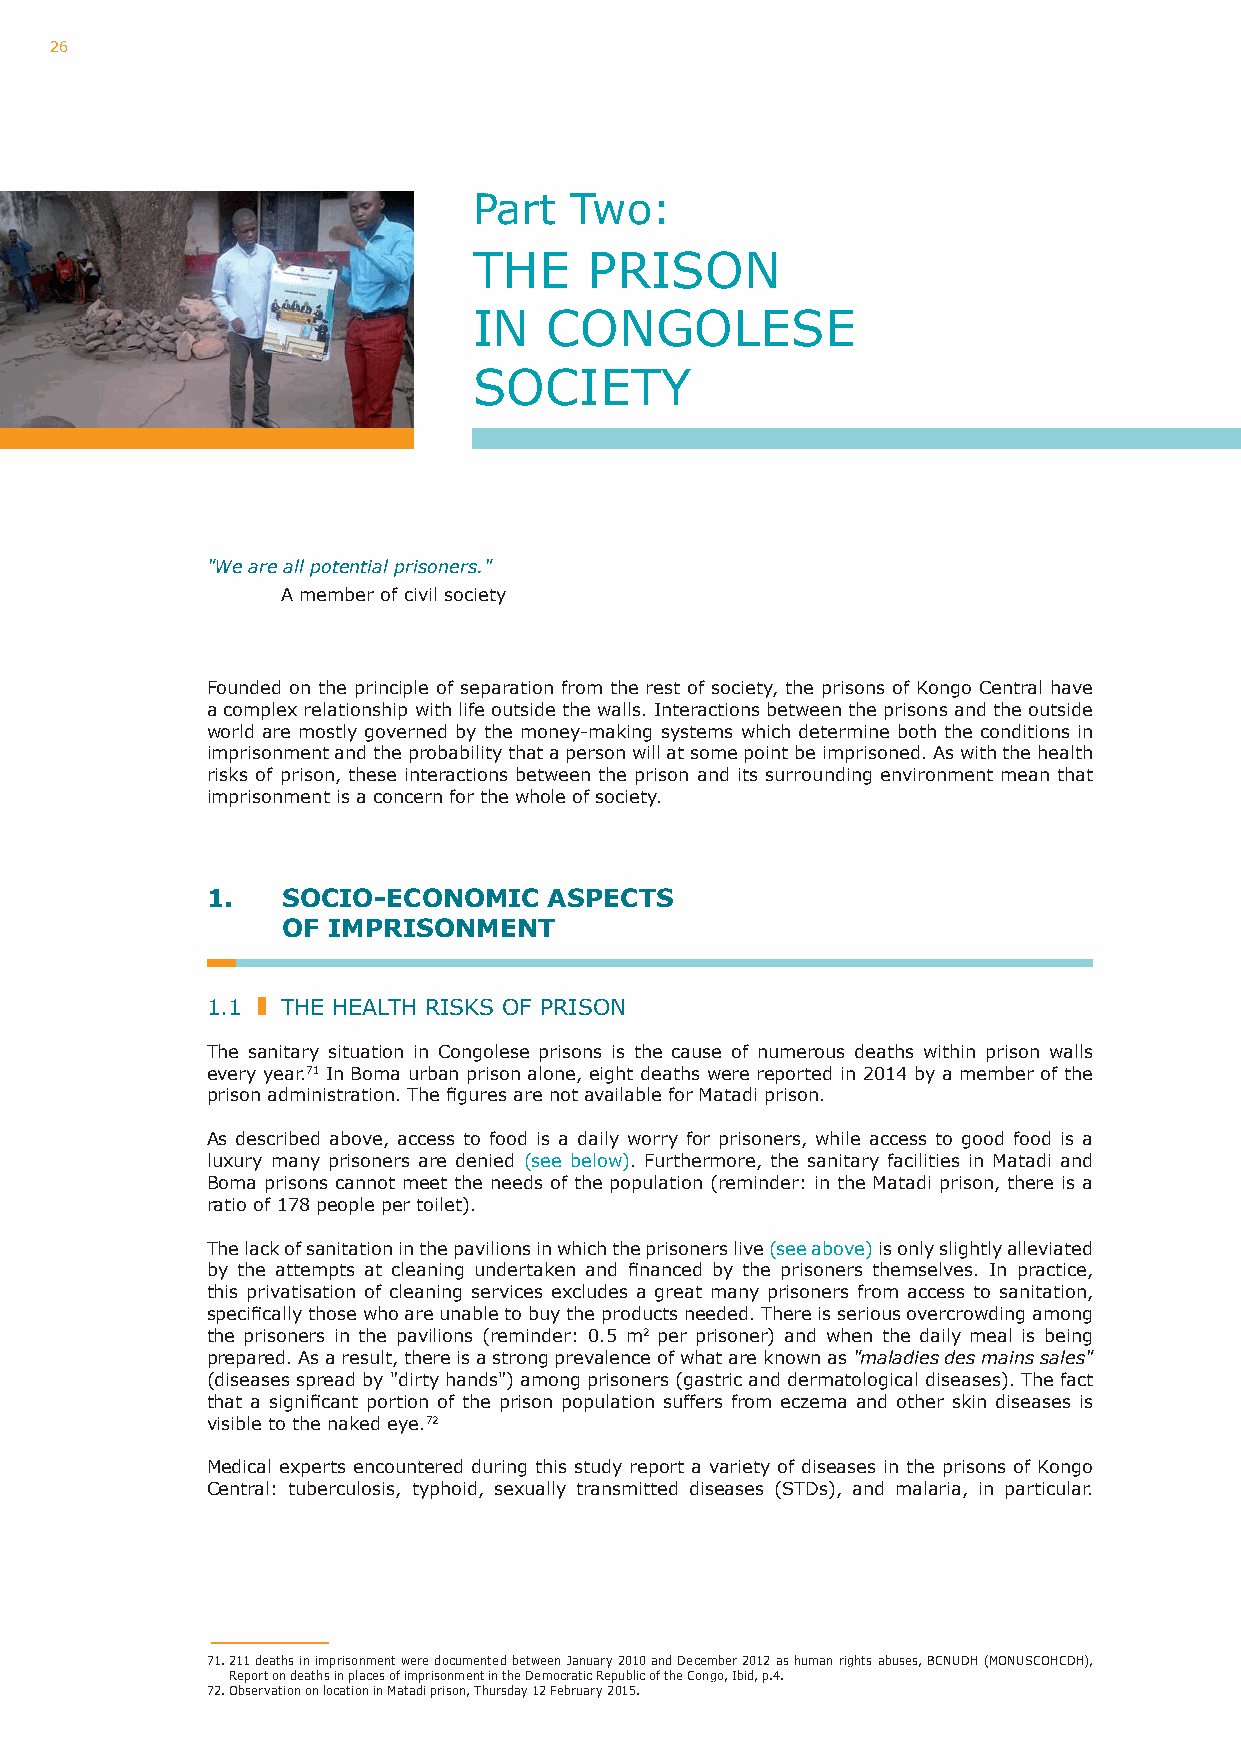
26
 part   Two:
 ThE     pRISoN
 IN   CoNGolESE
 SoCIETy
 "We are all potential prisoners."
 A member of civil society
 Founded on the principle of separation from the rest of society, the prisons of Kongo Central have
 a complex relationship with life outside the walls. Interactions between the prisons and the outside
 world are mostly governed by the money-making systems which determine both the conditions in
 imprisonment and the probability that a person will at some point be imprisoned. As with the health
 risks of prison, these interactions between the prison and its surrounding environment mean that
 imprisonment is a concern for the whole of society.
 1.   SoCIo-EConoMIC   ASPECTS
 oF IMPRISonMEnT
 1.1  ThE hEAlTh RISKS oF pRISoN
 The sanitary situation in Congolese prisons is the cause of numerous deaths within prison walls
 every year.71 In Boma urban prison alone, eight deaths were reported in 2014 by a member of the
 prison administration. The figures are not available for Matadi prison.
 As described above, access to food is a daily worry for prisoners, while access to good food is a
 luxury many prisoners are denied (see below). Furthermore, the sanitary facilities in matadi and
 Boma prisons cannot meet the needs of the population (reminder: in the matadi prison, there is a
 ratio of 178 people per toilet).
 The lack of sanitation in the pavilions in which the prisoners live (see above) is only slightly alleviated
 by the attempts at cleaning undertaken and financed by the prisoners themselves. In practice,
 this privatisation of cleaning services excludes a great many prisoners from access to sanitation,
 specifically those who are unable to buy the products needed. There is serious overcrowding among
 the prisoners in the pavilions (reminder: 0.5 m2 per prisoner) and when the daily meal is being
 prepared. As a result, there is a strong prevalence of what are known as "maladies des mains sales"
 (diseases spread by "dirty hands") among prisoners (gastric and dermatological diseases). The fact
 that a significant portion of the prison population suffers from eczema and other skin diseases is
 visible to the naked eye.72
 medical experts encountered during this study report a variety of diseases in the prisons of Kongo
 Central: tuberculosis, typhoid, sexually transmitted diseases (STDs), and malaria, in particular.
 71. 211 deaths in imprisonment were documented between January 2010 and December 2012 as human rights abuses, BCNuDh (moNuSCohCDh),
 Report on deaths in places of imprisonment in the Democratic Republic of the Congo, Ibid, p.4.
 72. observation on location in matadi prison, Thursday 12 February 2015.